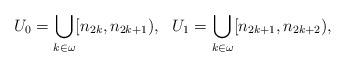
LaTeX: \begin{align*} U_0 = \bigcup_{k \in \omega} [n_{2k}, n_{2k+1}), \ \ U_1 = \bigcup_{k \in \omega} [n_{2k+1}, n_{2k+2}), \end{align*}